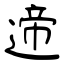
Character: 遆